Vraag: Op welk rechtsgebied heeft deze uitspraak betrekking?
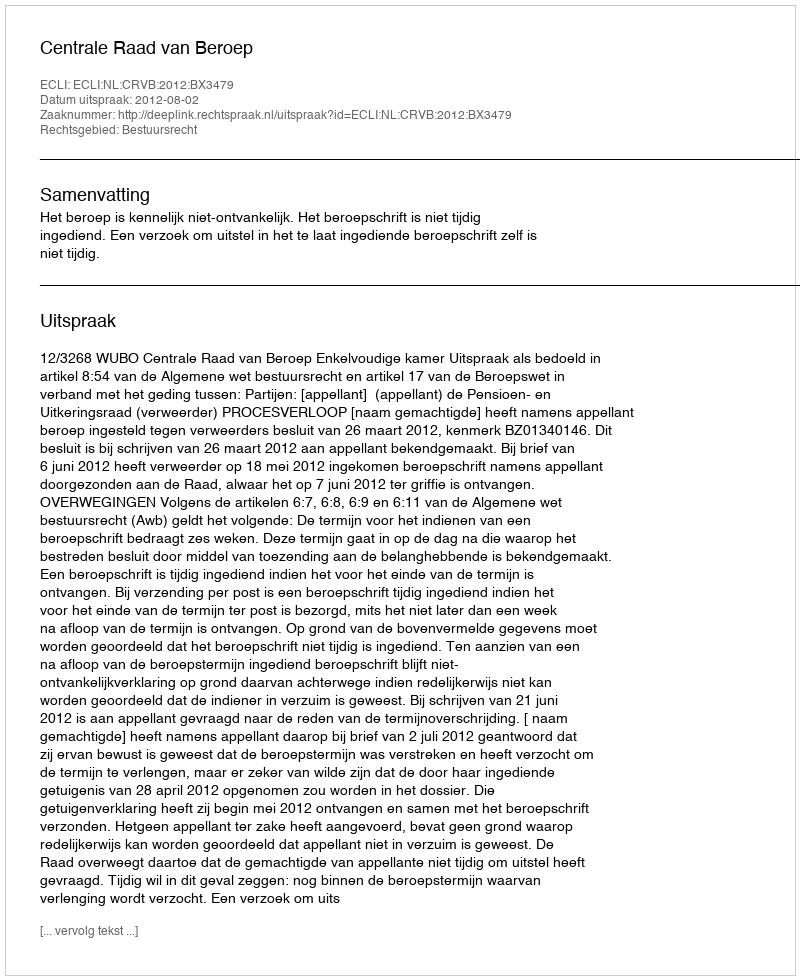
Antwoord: Bestuursrecht